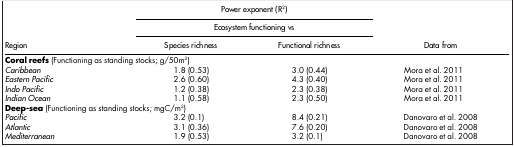
<table><thead><tr><td><b> </b></td><td colspan="2"><b>Power exponent (R<sup>2</sup>)</b></td><td><b> </b></td></tr><tr><td><b> </b></td><td colspan="2"><b>Ecosystem functioning vs</b></td><td><b> </b></td></tr><tr><td><b>Region</b></td><td><b>Species richness</b></td><td><b>Functional richness</b></td><td><b>Data from</b></td></tr></thead><tbody><tr><td><b>Coral reefs</b> (Functioning as standing stocks; g/50m<sup>2</sup>)</td><td> </td><td> </td><td> </td></tr><tr><td><i>Caribbean</i></td><td>1.8 (0.53)</td><td>3.0 (0.44)</td><td>Mora et al. 2011</td></tr><tr><td><i>Eastern Pacific</i></td><td>2.6 (0.60)</td><td>4.3 (0.40)</td><td>Mora et al. 2011</td></tr><tr><td><i>Indo Pacific</i></td><td>1.2 (0.38)</td><td>2.3 (0.38)</td><td>Mora et al. 2011</td></tr><tr><td><i>Indian Ocean</i></td><td>1.1 (0.58)</td><td>2.3 (0.50)</td><td>Mora et al. 2011</td></tr><tr><td><b>Deep-sea</b> (Functioning as standing stocks; mgC/m<sup>2</sup>)</td><td> </td><td> </td><td> </td></tr><tr><td><i>Pacific</i></td><td>3.2 (0.1)</td><td>8.4 (0.21)</td><td>Danovaro et al. 2008</td></tr><tr><td><i>Atlantic</i></td><td>3.1 (0.36)</td><td>7.6 (0.20)</td><td>Danovaro et al. 2008</td></tr><tr><td><i>Mediterranean</i></td><td>1.9 (0.53)</td><td>3.2 (0.1)</td><td>Danovaro et al. 2008</td></tr></tbody></table>